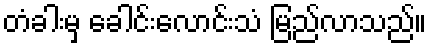
တံခါးမှ ခေါင်းလောင်းသံ မြည်လာသည်။